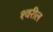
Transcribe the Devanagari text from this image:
१वरील